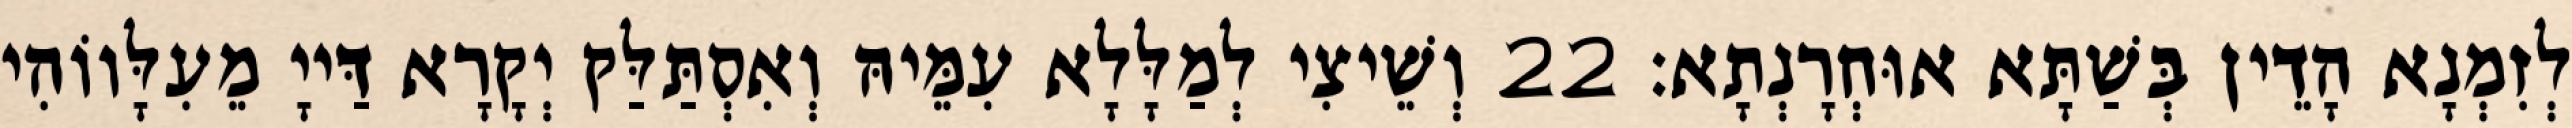
לְזִמְנָא הָדֵין בְּשַׁתָּא אוּחְרָנְתָא׃ 22 וְשֵׁיצִי לְמַלָּלָא עִמֵּיהּ וְאִסְתַּלַּק יְקָרָא דַּייָ מֵעִלָּווֹהִי